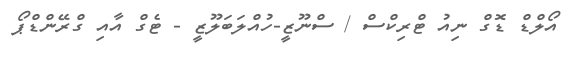
އޯލްޑް ޑޮގް ނިއު ޓްރިކްސް / ސްނޫޒީ-ހުއްލަބަލޫޒީ - ޓެގް އާއި ގްރޭންޑްޕޯ